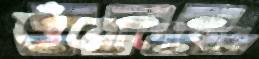
শুঁয়োপোকার